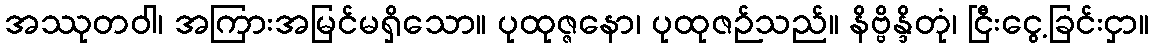
အဿုတဝါ၊ အကြားအမြင်မရှိသော။ ပုထုဇ္ဇနော၊ ပုထုဇဉ်သည်။ နိဗ္ဗိန္ဒိတုံ၊ ငြီးငွေ့ခြင်းငှာ။